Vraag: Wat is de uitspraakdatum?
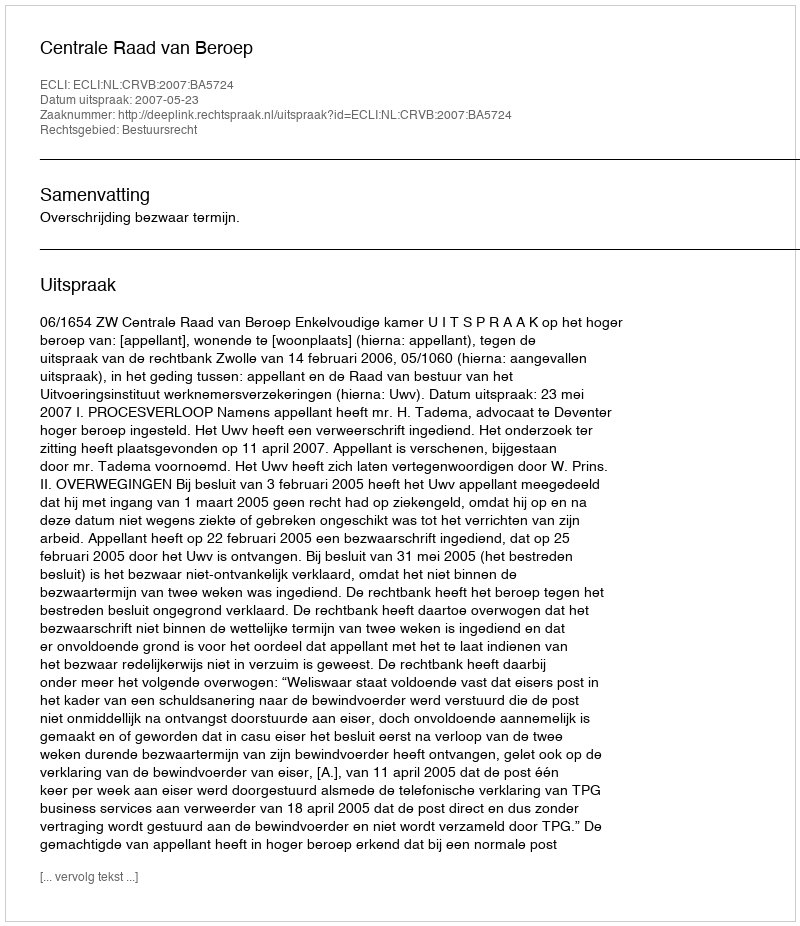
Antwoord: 2007-05-23